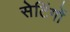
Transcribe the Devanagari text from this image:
सेटिंगों